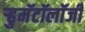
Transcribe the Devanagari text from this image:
ऱ्हुमॅटॉलॉजी